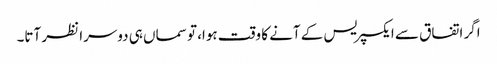
اگر اتفاق سے ایکسپریس کے آنے کا وقت ہوا، تو سماں ہی دوسرا نظر آتا۔